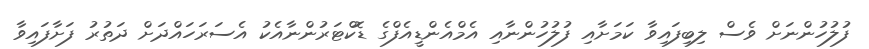
ފުލުހުންނަށް ވެސް ލިބިފައިވާ ކަމަށާއި ފުލުހުންނާއި އެމްއެންޑީއެފްގެ ޑޮކްޓަރުންނާއެކު އެސަރަހައްދަށް ދަތުރު ފަށާފައިވާ